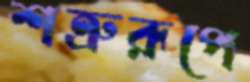
শত্রুরূপে